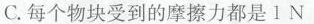
C. 每个物块受到的摩擦力都是 1 N